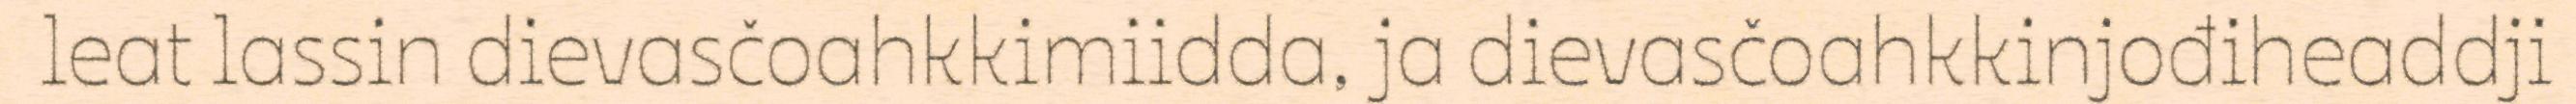
leat lassin dievasčoahkkimiidda, ja dievasčoahkkinjođiheaddji